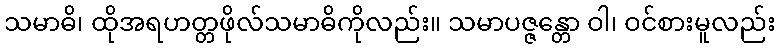
သမာဓိ၊ ထိုအရဟတ္တဖိုလ်သမာဓိကိုလည်း။ သမာပဇ္ဇန္တော ဝါ၊ ဝင်စားမူလည်း